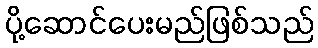
ပို့ဆောင်ပေးမည်ဖြစ်သည်